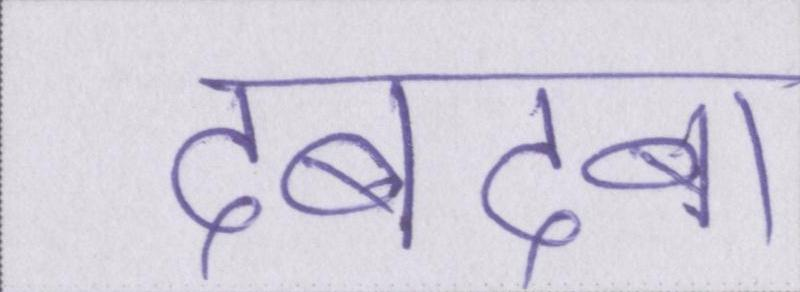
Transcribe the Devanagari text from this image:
दबदबा